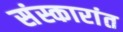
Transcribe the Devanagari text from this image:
संस्कारांत